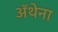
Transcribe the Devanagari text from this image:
ॲथेना